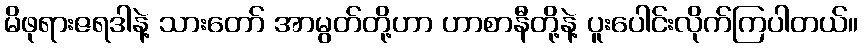
မိဖုရားဇရဒါနဲ့ သားတော် အာမွတ်တို့ဟာ ဟာစာနီတို့နဲ့ ပူးပေါင်းလိုက်ကြပါတယ်။